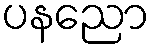
ပနညော